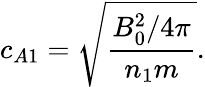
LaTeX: c_{A1}=\sqrt{\frac{B_{0}^{2}/4\pi}{n_{1}m}}.